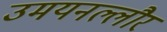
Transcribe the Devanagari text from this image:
उमयनल्लौर